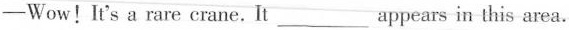
-Wow!It's a rare crane. It___appears in this area.